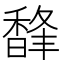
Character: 𩡇